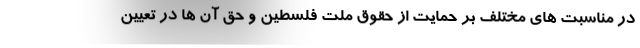
در مناسبت های مختلف بر حمایت از حقوق ملت فلسطین و حق آن ها در تعیین